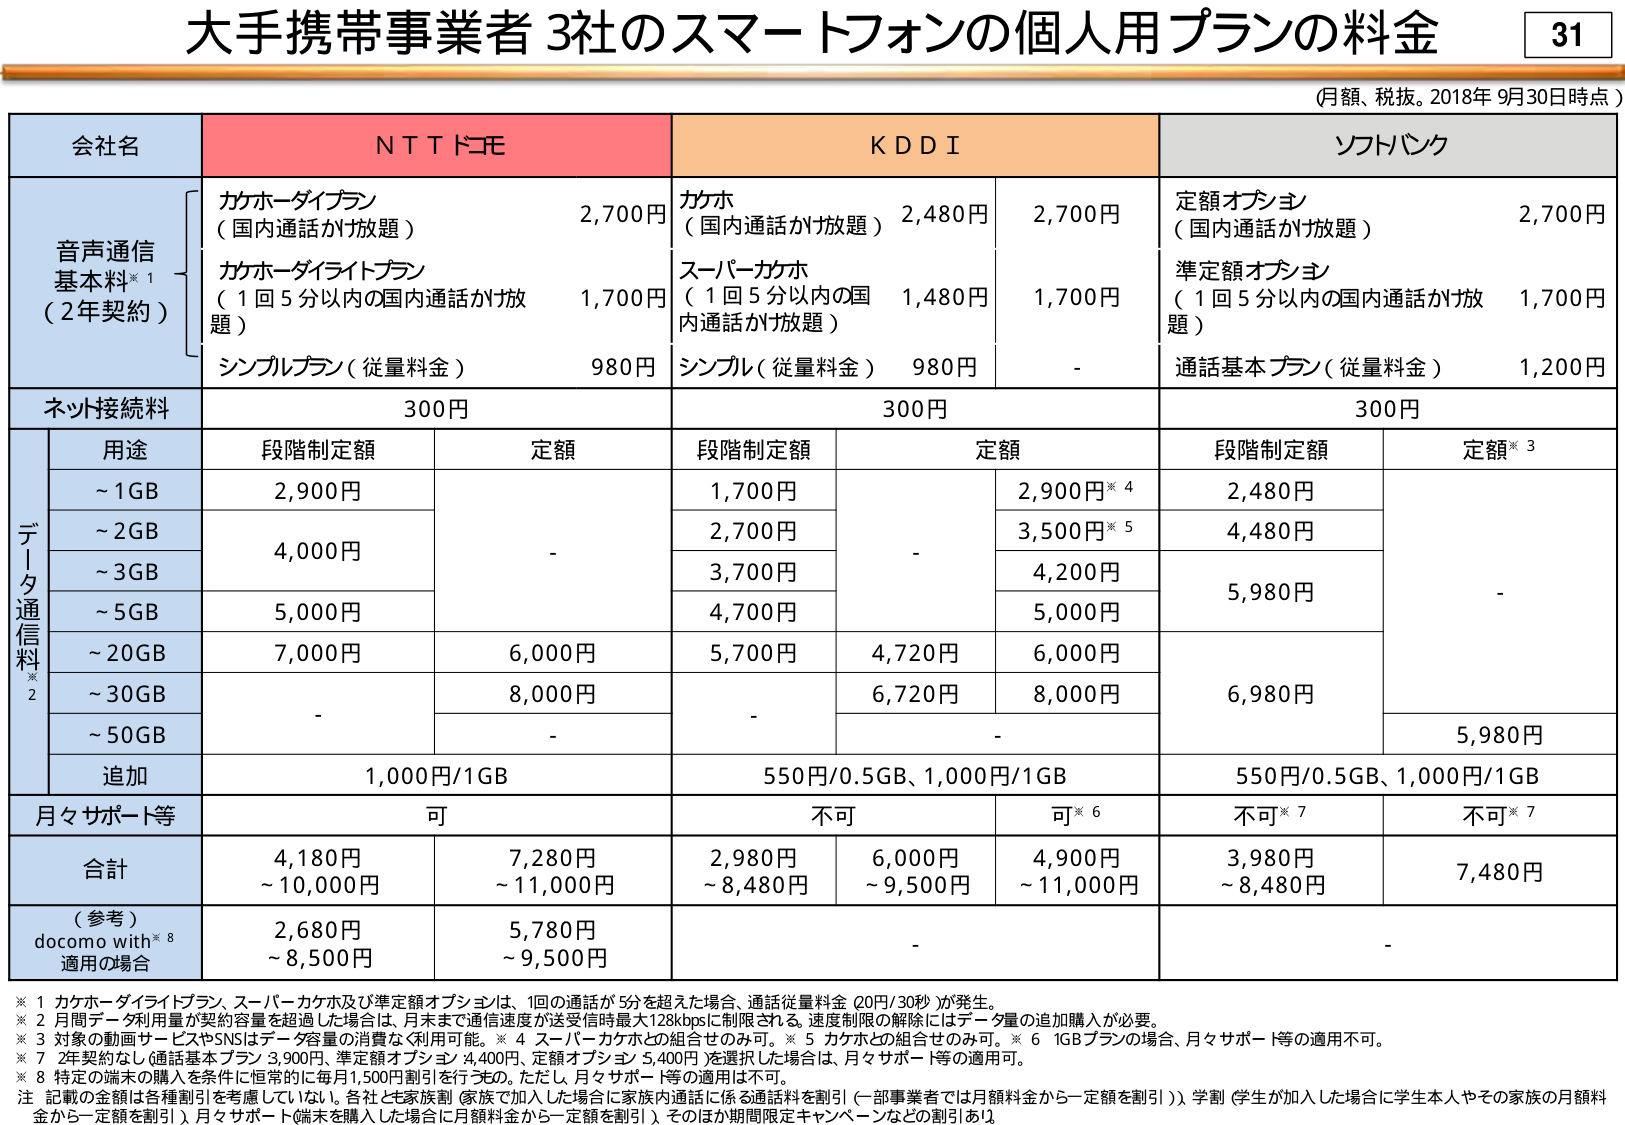
大手携帯事業者3社のスマートフォンの個人用プランの料金

（月額、税抜。2018年9月30日時点）

会社名　　　　　　　　ＮＴＴドコモ　　　　　　　　ＫＤＤＩ　　　　　　　　ソフトバンク

音声通信基本料※1　　カケホーダイプラン　　　　　　カケホ　　　　　　　　定額オプション
　　　　　　　　　　　（国内通話かけ放題）　　2,700円　　　　　　　　（国内通話かけ放題）　　2,700円
　　　　　　　　　　　カケホーダイライトプラン　　スーパーカケホ　　　　準定額オプション
　　　　　　　　　　　（1回5分以内の国内通話かけ放題）　1,700円　　　　（1回5分以内の国内通話かけ放題）　1,700円
　　　　　　　　　　　シンプルプラン（従量料金）　980円　　　　　　　　シンプル（従量料金）　980円　　　　　　通話基本プラン（従量料金）　1,200円

ネット接続料　　　　　300円　　　　　　　　　　300円　　　　　　　　　300円

データ通信料※2　　　　用途　　　　　段階制定額　　　定額　　　　　　段階制定額　　　定額　　　　　　段階制定額　　　定額※3
　　　　　　　　　　　～1GB　　　　　2,900円　　　　　　　　　　　　1,700円　　　　　2,900円※4　　　　2,480円
　　　　　　　　　　　～2GB　　　　　4,000円　　　　　　　　　　　　2,700円　　　　　3,500円※5　　　　4,480円
　　　　　　　　　　　～3GB　　　　　　　　　　　-　　　　　　　　　　3,700円　　　　　4,200円　　　　　5,980円
　　　　　　　　　　　～5GB　　　　　5,000円　　　　　　　　　　　　4,700円　　　　　5,000円
　　　　　　　　　　　～20GB　　　　　7,000円　　　　6,000円　　　　5,700円　　　　4,720円　　　　6,000円
　　　　　　　　　　　～30GB　　　　　　　　　　　8,000円　　　　　　　　　　　　6,720円　　　　8,000円　　　　6,980円
　　　　　　　　　　　～50GB　　　　　　　　　　　-　　　　　　　　　　　　　　　-　　　　　　　　　　　　　　　5,980円
　　　　　　　　　　　追加　　　　　1,000円/1GB　　　　　　　　　　550円/0.5GB、1,000円/1GB　　　　550円/0.5GB、1,000円/1GB

月々サポート等　　　　　可　　　　　　　　　　　不可　　　　　　　　可※6　　　　　　不可※7　　　　　不可※7

合計　　　　　　　　　4,180円　　　7,280円　　　　2,980円　　　6,000円　　　4,900円　　　3,980円　　　7,480円
　　　　　　　　　　　～10,000円　　～11,000円　　～8,480円　　～9,500円　　～11,000円　　～8,480円

（参考）　　　　　　　2,680円　　　5,780円